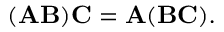
( \mathbf { A B } ) \mathbf { C } = \mathbf { A } ( \mathbf { B C } ) .